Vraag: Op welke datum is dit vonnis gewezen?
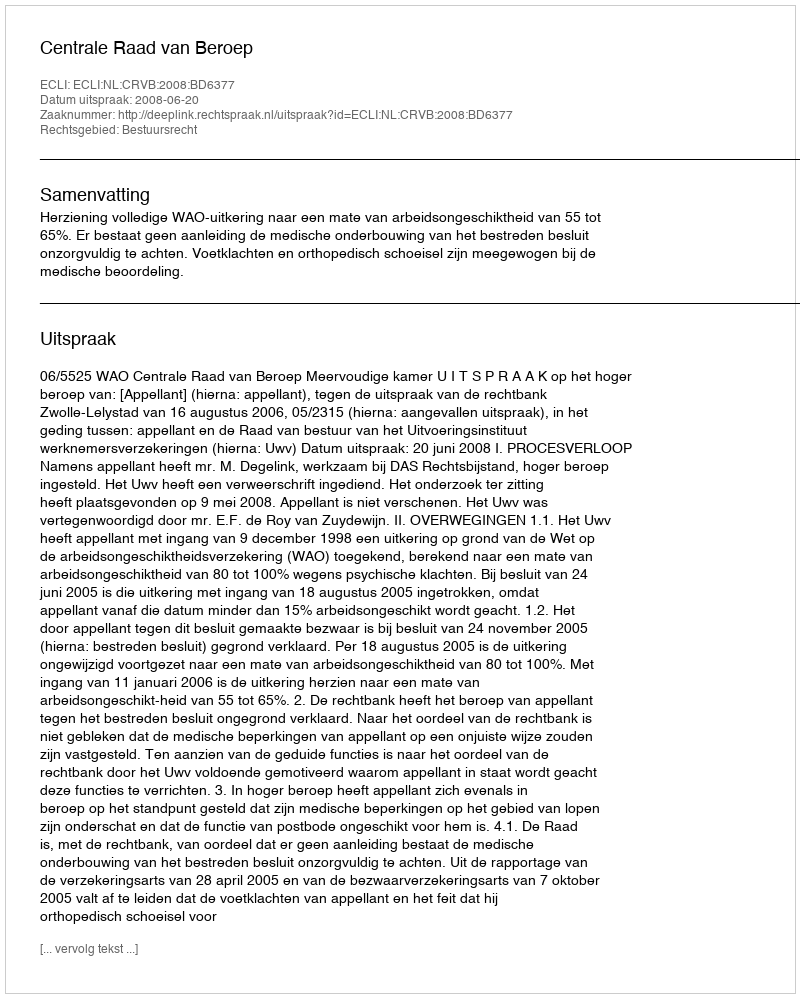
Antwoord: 2008-06-20